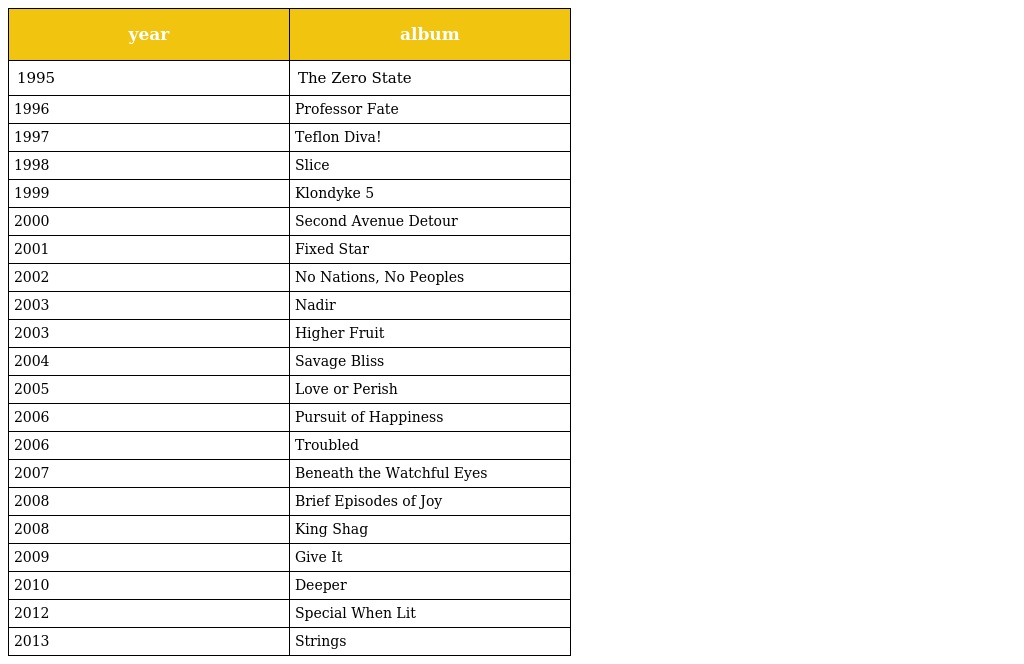
| year | album |
 | --- | --- |
 | 1995 | The Zero State |
 | 1996 | Professor Fate |
 | 1997 | Teflon Diva! |
 | 1998 | Slice |
 | 1999 | Klondyke 5 |
 | 2000 | Second Avenue Detour |
 | 2001 | Fixed Star |
 | 2002 | No Nations, No Peoples |
 | 2003 | Nadir |
 | 2003 | Higher Fruit |
 | 2004 | Savage Bliss |
 | 2005 | Love or Perish |
 | 2006 | Pursuit of Happiness |
 | 2006 | Troubled |
 | 2007 | Beneath the Watchful Eyes |
 | 2008 | Brief Episodes of Joy |
 | 2008 | King Shag |
 | 2009 | Give It |
 | 2010 | Deeper |
 | 2012 | Special When Lit |
 | 2013 | Strings |